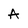
Character: A